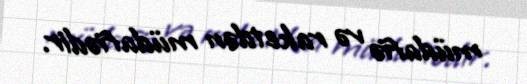
müdafiə və raketdən müdafiədir.